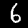
Label: 6